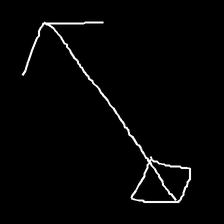
Glyph: focus